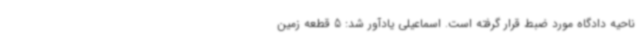
ناحیه دادگاه مورد ضبط قرار گرفته است. اسماعیلی یادآور شد: 5 قطعه زمین